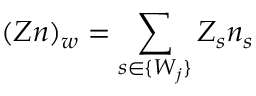
( Z n ) _ { w } = \sum _ { s \in \{ W _ { j } \} } Z _ { s } n _ { s }